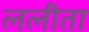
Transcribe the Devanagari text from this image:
ललीता